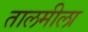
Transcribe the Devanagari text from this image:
तालमीला